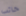
خائب